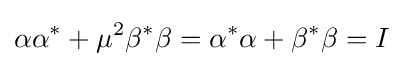
\alpha \alpha ^{*}+\mu ^{2}\beta ^{*}\beta =\alpha ^{*}\alpha +\beta ^{*}\beta =I